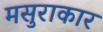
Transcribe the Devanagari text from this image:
मसुराकार